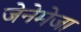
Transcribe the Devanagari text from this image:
जेनेमेजा